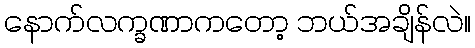
နောက်လက္ခဏာကတော့ ဘယ်အချိန်လဲ။